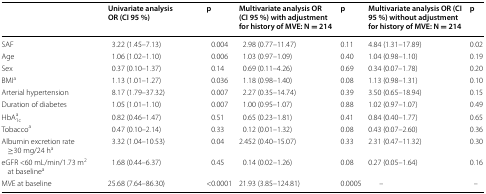
<table><thead><tr><td></td><td><b>Univariate analysis OR (CI 95 %)</b></td><td><b>p</b></td><td><b>Multivariate analysis OR (CI 95 %) with adjustment for history of MVE: N = 214</b></td><td><b>p</b></td><td><b>Multivariate analysis OR (CI 95 %) without adjustment for history of MVE: N = 214</b></td><td><b>p</b></td></tr></thead><tbody><tr><td>SAF</td><td>3.22 (1.45–7.13)</td><td>0.004</td><td>2.98 (0.77–11.47)</td><td>0.11</td><td>4.84 (1.31–17.89)</td><td>0.02</td></tr><tr><td>Age</td><td>1.06 (1.02–1.10)</td><td>0.006</td><td>1.03 (0.97–1.09)</td><td>0.40</td><td>1.04 (0.98–1.10)</td><td>0.19</td></tr><tr><td>Sex</td><td>0.37 (0.10–1.37)</td><td>0.14</td><td>0.69 (0.11–4.26)</td><td>0.69</td><td>0.34 (0.07–1.78)</td><td>0.20</td></tr><tr><td>BMI<sup>a</sup></td><td>1.13 (1.01–1.27)</td><td>0.036</td><td>1.18 (0.98–1.40)</td><td>0.08</td><td>1.13 (0.98–1.31)</td><td>0.10</td></tr><tr><td>Arterial hypertension</td><td>8.17 (1.79–37.32)</td><td>0.007</td><td>2.27 (0.35–14.74)</td><td>0.39</td><td>3.50 (0.65–18.94)</td><td>0.15</td></tr><tr><td>Duration of diabetes</td><td>1.05 (1.01–1.10)</td><td>0.007</td><td>1.00 (0.95–1.07)</td><td>0.88</td><td>1.02 (0.97–1.07)</td><td>0.49</td></tr><tr><td>HbA<sub>1c</sub><sup>a</sup></td><td>0.82 (0.46–1.47)</td><td>0.51</td><td>0.65 (0.23–1.81)</td><td>0.41</td><td>0.84 (0.40–1.77)</td><td>0.65</td></tr><tr><td>Tobacco<sup>a</sup></td><td>0.47 (0.10–2.14)</td><td>0.33</td><td>0.12 (0.01–1.32)</td><td>0.08</td><td>0.43 (0.07–2.60)</td><td>0.36</td></tr><tr><td>Albumin excretion rate ≥30 mg/24 h<sup>a</sup></td><td>3.32 (1.04–10.53)</td><td>0.04</td><td>2.452 (0.40–15.07)</td><td>0.33</td><td>2.31 (0.47–11.32)</td><td>0.30</td></tr><tr><td>eGFR &lt;60 mL/min/1.73 m<sup>2</sup> at baseline<sup>a</sup></td><td>1.68 (0.44–6.37)</td><td>0.45</td><td>0.14 (0.02–1.26)</td><td>0.08</td><td>0.27 (0.05–1.64)</td><td>0.16</td></tr><tr><td>MVE at baseline</td><td>25.68 (7.64–86.30)</td><td>&lt;0.0001</td><td>21.93 (3.85–124.81)</td><td>0.0005</td><td>–</td><td>–</td></tr></tbody></table>